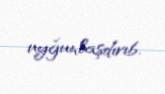
uyğunlaşdırıb.